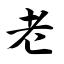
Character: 老